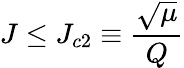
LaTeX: J\leq J_{c2}\equiv\frac{\sqrt{\mu}}{Q}